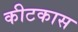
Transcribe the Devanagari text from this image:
कीटकास